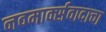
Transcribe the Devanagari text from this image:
नवमार्क्सवादाचा